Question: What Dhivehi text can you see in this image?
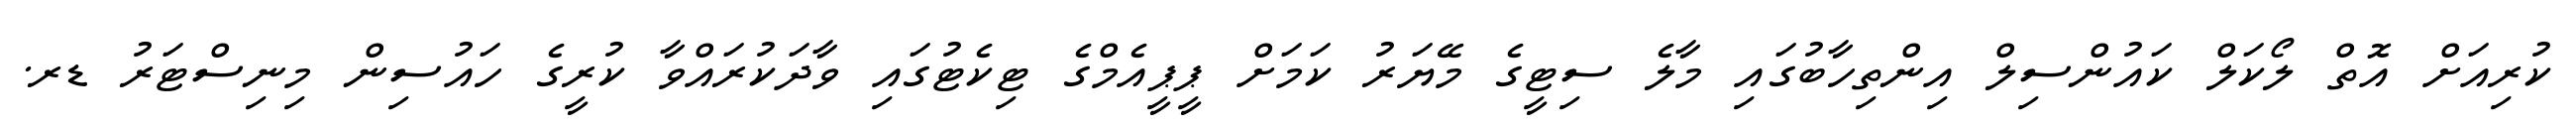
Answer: ކުރިއަށް އޮތް ލޯކަލް ކައުންސިލް އިންތިހާބުގައި މާލެ ސިޓީގެ މޭޔަރު ކަމަށް ޕީޕީއެމްގެ ޓިކެޓުގައި ވާދަކުރައްވާ ކުރީގެ ހައުސިން މިނިސްޓަރު ޑރ.